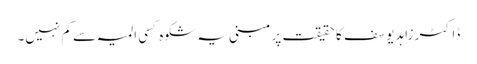
ڈاکٹر زاہد یوسف کا حقیقت پر مبنی یہ شکوہ کسی المیہ سے کم نہیں۔